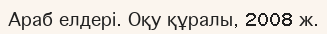
Араб елдері. Оқу құралы, 2008 ж.